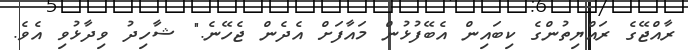
ރާއްޖޭގެ ރައްޔިތުންގެ ކިބައިން އެބޭފުޅުން މައާފަށް އެދެން ޖެހޭނެ." ޝާހިދު ވިދާޅުވި އެވެ.